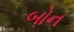
બોન